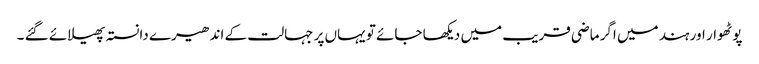
پوٹھوار اور ہند میں اگر ماضی قریب میں دیکھا جائے تو یہاں پر جہالت کے اندھیرے دانستہ پھیلائے گئے ۔